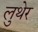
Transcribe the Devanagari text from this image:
लुथेर